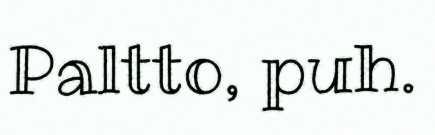
Paltto, puh.